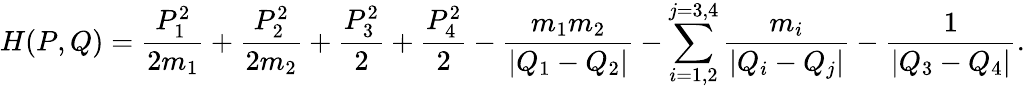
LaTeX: H(P,Q)=\frac{P_{1}^{2}}{2m_{1}}+\frac{P_{2}^{2}}{2m_{2}}+\frac{P_{3}^{2}}{2}+\frac{P_{4}^{2}}{2}-\frac{m_{1}m_{2}}{|Q_{1}-Q_{2}|}-\sum_{i=1,2}^{j=3,4}\frac{m_{i}}{|Q_{i}-Q_{j}|}-\frac{1}{|Q_{3}-Q_{4}|}.